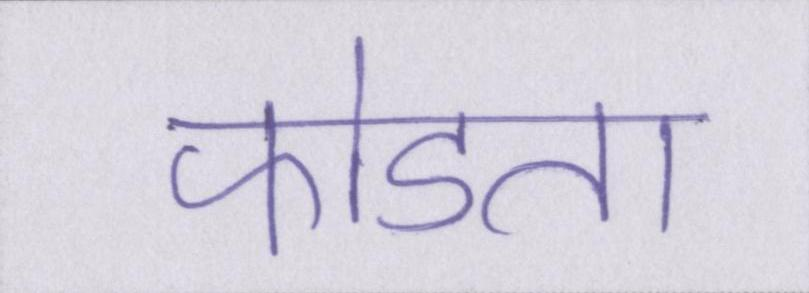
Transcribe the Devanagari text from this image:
फोडता